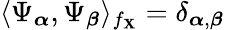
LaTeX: \langle\Psi_{\boldsymbol{\alpha}},\Psi_{\boldsymbol{\beta}}\rangle_{f_{\boldsymbol{\mathbf{X}}}}=\delta_{\boldsymbol{\alpha},\boldsymbol{\beta}}